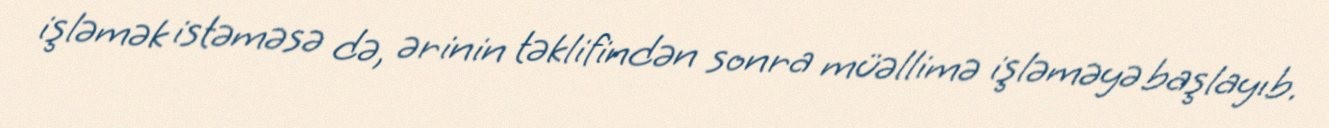
işləmək istəməsə də, ərinin təklifindən sonra müəllimə işləməyə başlayıb.